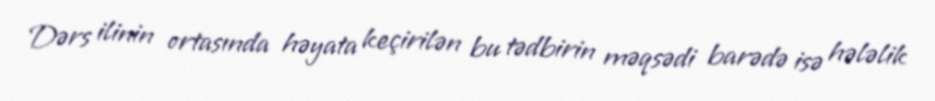
Dərs ilinin ortasında həyata keçirilən bu tədbirin məqsədi barədə isə hələlik